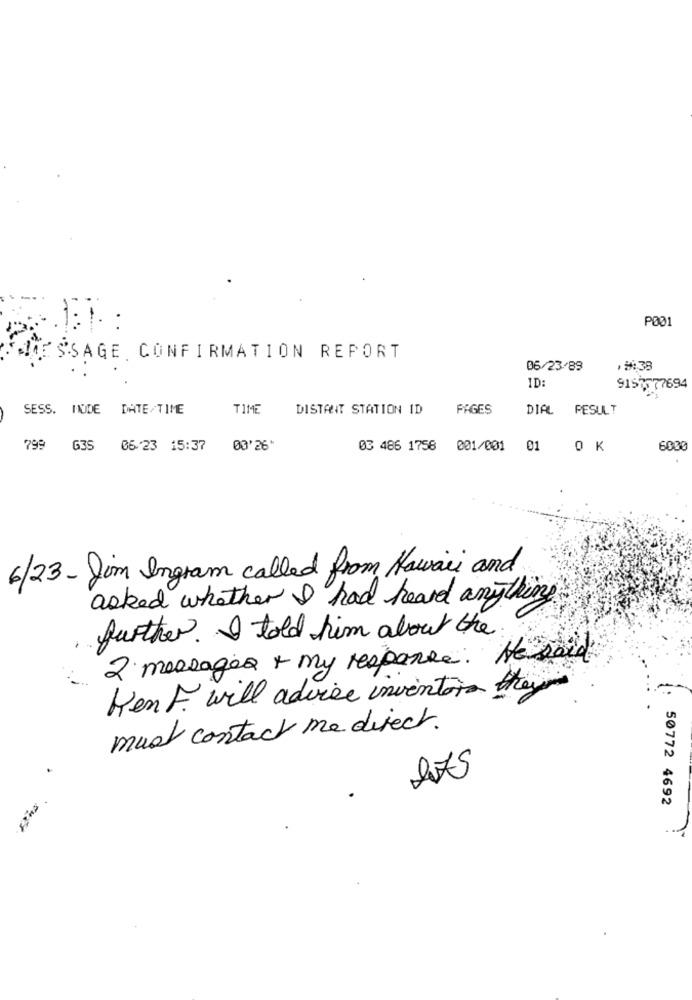
P001
1:1. :
MESSAGE CONFIRMATION REPORT
06/23/89
ID:
9157777694
SESS. MODE DATE/TIME
TIME
DISTANT STATION ID
PAGES
DIAL RESULT
799 G35
06/23 15:37
03 486 1758 001/001
01
OK
6000
6/23- Jin Ingram called from Hawaii and
asked whether I had heard anything
further. I told him about the
2 messages + my response. He said
Kent will advise inventor they
must contact me direct.
275
50772 4692